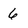
Character: 6